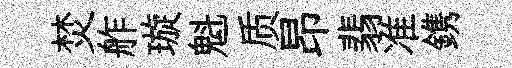
焚舴璇魁质昂翡准鎸